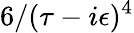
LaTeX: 6/(\tau-i\epsilon)^{4}